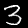
Digit: 3